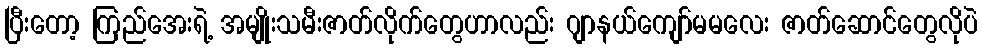
ပြီးတော့ ကြည်အေးရဲ့ အမျိုးသမီးဇာတ်လိုက်တွေဟာလည်း ဂျာနယ်ကျော်မမလေး ဇာတ်ဆောင်တွေလိုပဲ